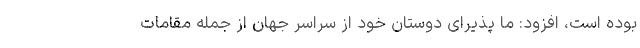
بوده است، افزود: ما پذیرای دوستان خود از سراسر جهان از جمله مقامات